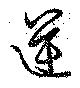
逆